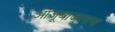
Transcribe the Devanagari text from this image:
आजूबाजूलाच